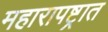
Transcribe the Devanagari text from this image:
महारापष्ट्रात